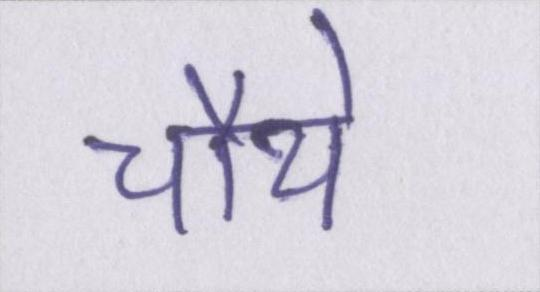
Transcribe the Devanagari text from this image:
चौथे